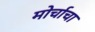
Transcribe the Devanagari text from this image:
मोर्चाचा